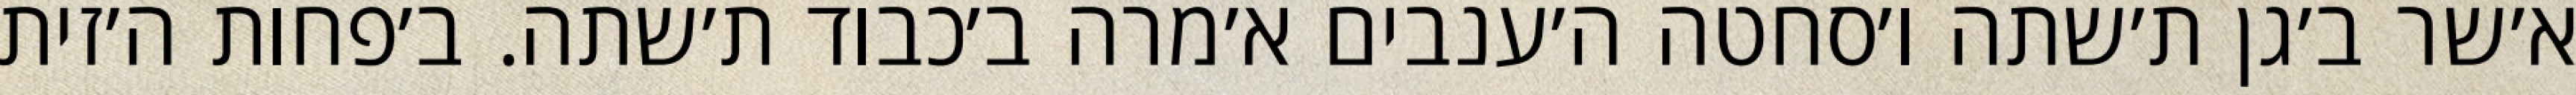
א׳שר ב׳גן ת׳שתה ו׳סחטה ה׳ענבים א׳מרה ב׳כבוד ת׳שתה. ב׳פחות ה׳זית